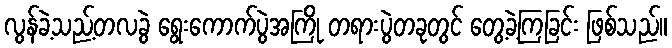
လွန်ခဲ့သည့်တလခွဲ ရွေးကောက်ပွဲအကြို တရားပွဲတခုတွင် တွေ့ခဲ့ကြခြင်း ဖြစ်သည်။